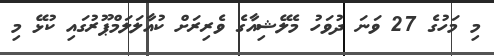
މި މަހުގެ 27 ވަނަ ދުވަހު މެލޭޝިއާގެ ވެރިރަށް ކުއާލަލަމްޕޫރުގައި ކުޅޭ މި